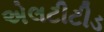
એલટીટીડ